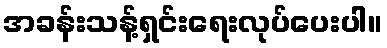
အခန်းသန့်ရှင်းရေးလုပ်ပေးပါ။